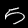
Label: 5